Lunatic asylums Punjab 1895-1910 - 1895-1910
Year: 1895
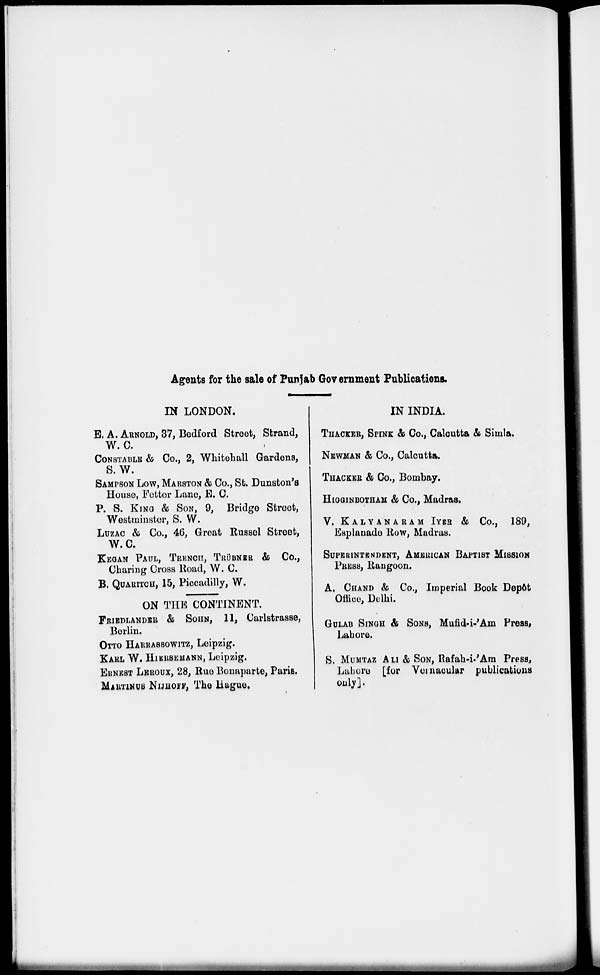
Agents for the sale of Punjab Government Publications.
IN LONDON.
E. A. ARNOLD, 37, Bedford Street, Strand,
W. C.
CONSTABLE & Co., 2, Whitehall Gardens,
S. W.
SAMPSON LOW, MARSTON & Co., St. Dunston's
House, Fetter Lane, E. C.
P. S. KING & SON, 9, Bridge Street,
Westminster, S. W.
LUZAC & Co., 46, Groat Russel Street,
W.C.
KEGAN PAUL, TRENCH, TRÜBNER & Co.,
Charing Cross Road, W. C.
B. QUARITCH, 15, Piccadilly, W.
ON THE CONTINENT.
FRIEDLANDER & SOHN, 11, Carlstrasse,
Berlin.
OTTO HARRASSOWITZ, Leipzig.
KARL W. HIERSEMANN, Leipzig.
ERNEST LEROUX, 28, Rue Bonaparte, Paris.
MARTINUS NIJHOFF, The Hague.
IN INDIA.
THACKER, SPINK & Co., Calcutta & Simla.
NEWMAN & Co., Calcutta.
THACKER & Co., Bombay.
HIGGINBOTHAM & Co., Madras.
V. KALYANARAM IYER & Co., 189,
Esplanade Row, Madras.
SUPERINTENDENT, AMERICAN BAPTIST MISSION
PRESS, Rangoon.
A. CHAND & Co., Imperial Book Depôt
Office, Delhi.
GULAB SINGH & SONS, Mufid-i-'Am Press,
Lahore.
S. MUMTAZ ALI & SON, Rafah-i-'Am Press,
Lahore [for Vernacular publications
only].